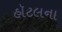
હૉટલના